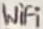
Text: WiFi